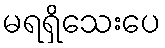
မရရှိသေးပေ